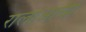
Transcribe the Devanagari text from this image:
रालोआची